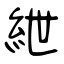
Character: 紲